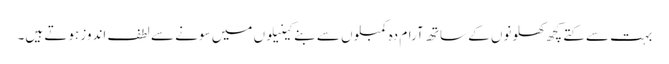
بہت سے کتے کچھ کھلونوں کے ساتھ آرام دہ کمبلوں سے بنے کینیلوں میں سونے سے لطف اندوز ہوتے ہیں۔